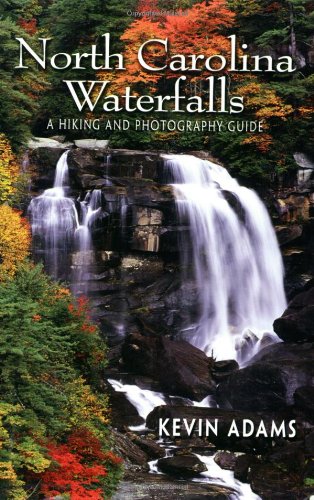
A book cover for North Carolina Waterfalls: A Hiking and Photography Guide; Kevin Adams; Arts & Photography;